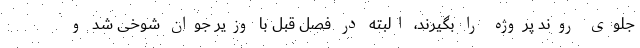
جلوی روند پروژه را بگیرند، البته در فصل قبل با وزیر جوان شوخی شد و